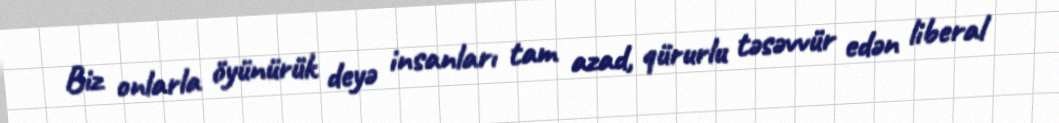
Biz onlarla öyünürük deyə insanları tam azad, qürurlu təsəvvür edən liberal